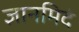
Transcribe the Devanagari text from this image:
ज्ञानमिदं